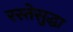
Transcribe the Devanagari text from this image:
रस्तेसुद्धा